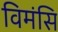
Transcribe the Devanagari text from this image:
विमंसि